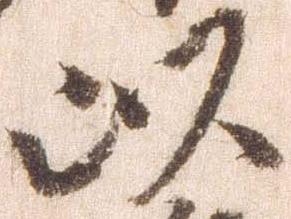
以